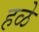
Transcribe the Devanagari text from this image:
हळे